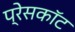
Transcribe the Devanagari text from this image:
प्रेसकॉट